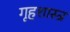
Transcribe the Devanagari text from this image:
गृहशास्त्र